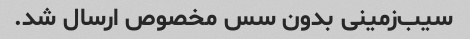
سیب‌زمینی بدون سس مخصوص ارسال شد.